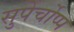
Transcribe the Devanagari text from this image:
सुपेर्चोप्प